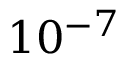
1 0 ^ { - 7 }